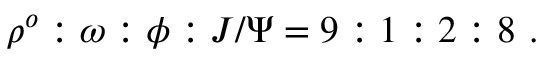
\rho ^ { o } : \omega : \phi : J / \Psi = 9 : 1 : 2 : 8 \ .